Annual report on the working of the lock hospitals in the Central Provinces
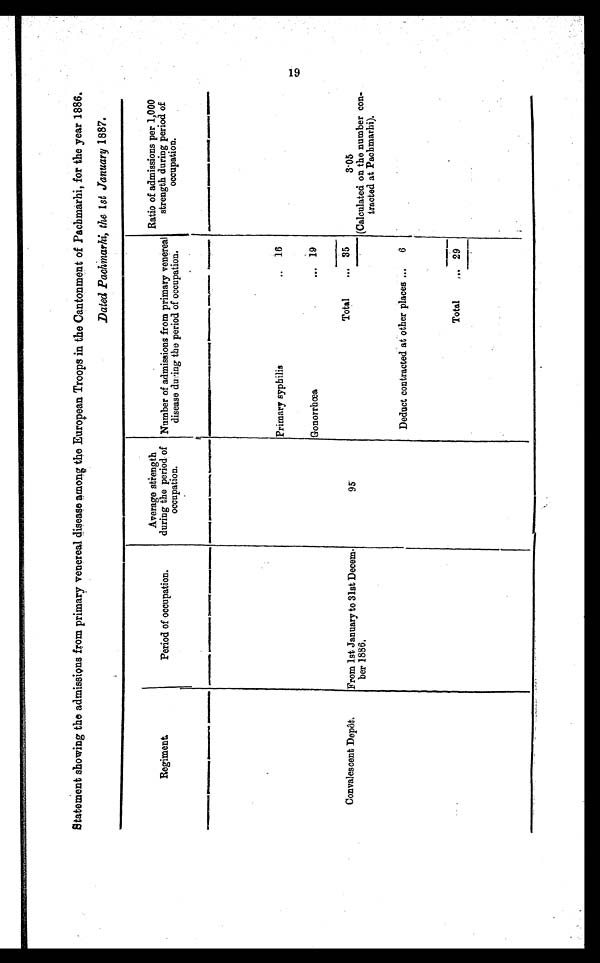
Statement showing the admissions from primary venereal disease among the European Troops in the Cantonment of Pachmarhi, for the year 1886.
Dated Pachmarhi, the 1 st January 1887.
Regiment
Period of occupation.
Average strength
during the period of
occupation.
Number of admissions from primary venereal
disease during the period of occupation.
Ratio of admissions per 1,000
strength during period of
occupation.
Primary syphilis
..
16
Gonorrhœa
... 19
Convalescent Depôt.
From 1st January to 31st Decem
ber 1886.
95
Total
. . . 35
3·05
(Calculated on the number con
tracted at Pachmarhi).
Deduct contracted at other places ...
6
Total
. . . 29